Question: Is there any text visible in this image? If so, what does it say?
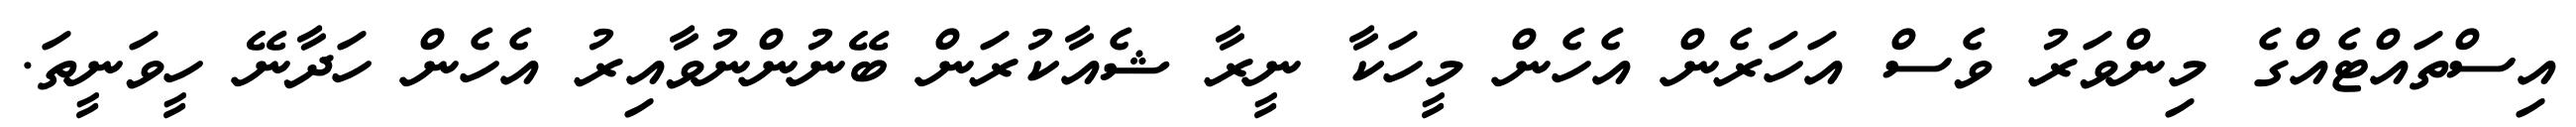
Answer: އިސްތައްޓެއްގެ މިންވަރު ވެސް އަހަރެން އެހެން މީހަކާ ނީރާ ޝެއާކުރަން ބޭނުންނުވާއިރު އެހެން ހަދާނޭ ހީވަނީތަ.